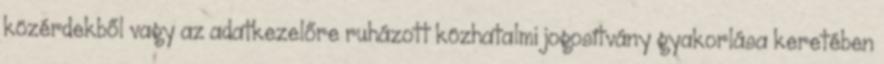
közérdekből vagy az adatkezelőre ruházott közhatalmi jogosítvány gyakorlása keretében